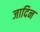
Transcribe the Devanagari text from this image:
जादिन